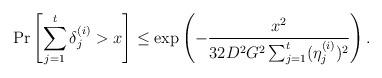
LaTeX: \begin{align*} \Pr\left[ \sum_{j=1}^t \delta_j^{(i)} > x \right] \leq \exp\left( - \frac{x^2}{32 D^2G^2 \sum_{j=1}^t(\eta_j^{(i)})^2 } \right).\end{align*}